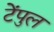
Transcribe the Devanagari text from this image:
टेंपुल